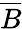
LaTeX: \overline{B}